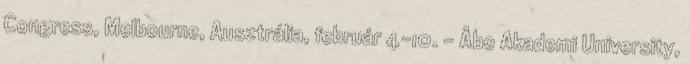
Congress, Melbourne, Ausztrália, február 4-10. - Åbo Akademi University,